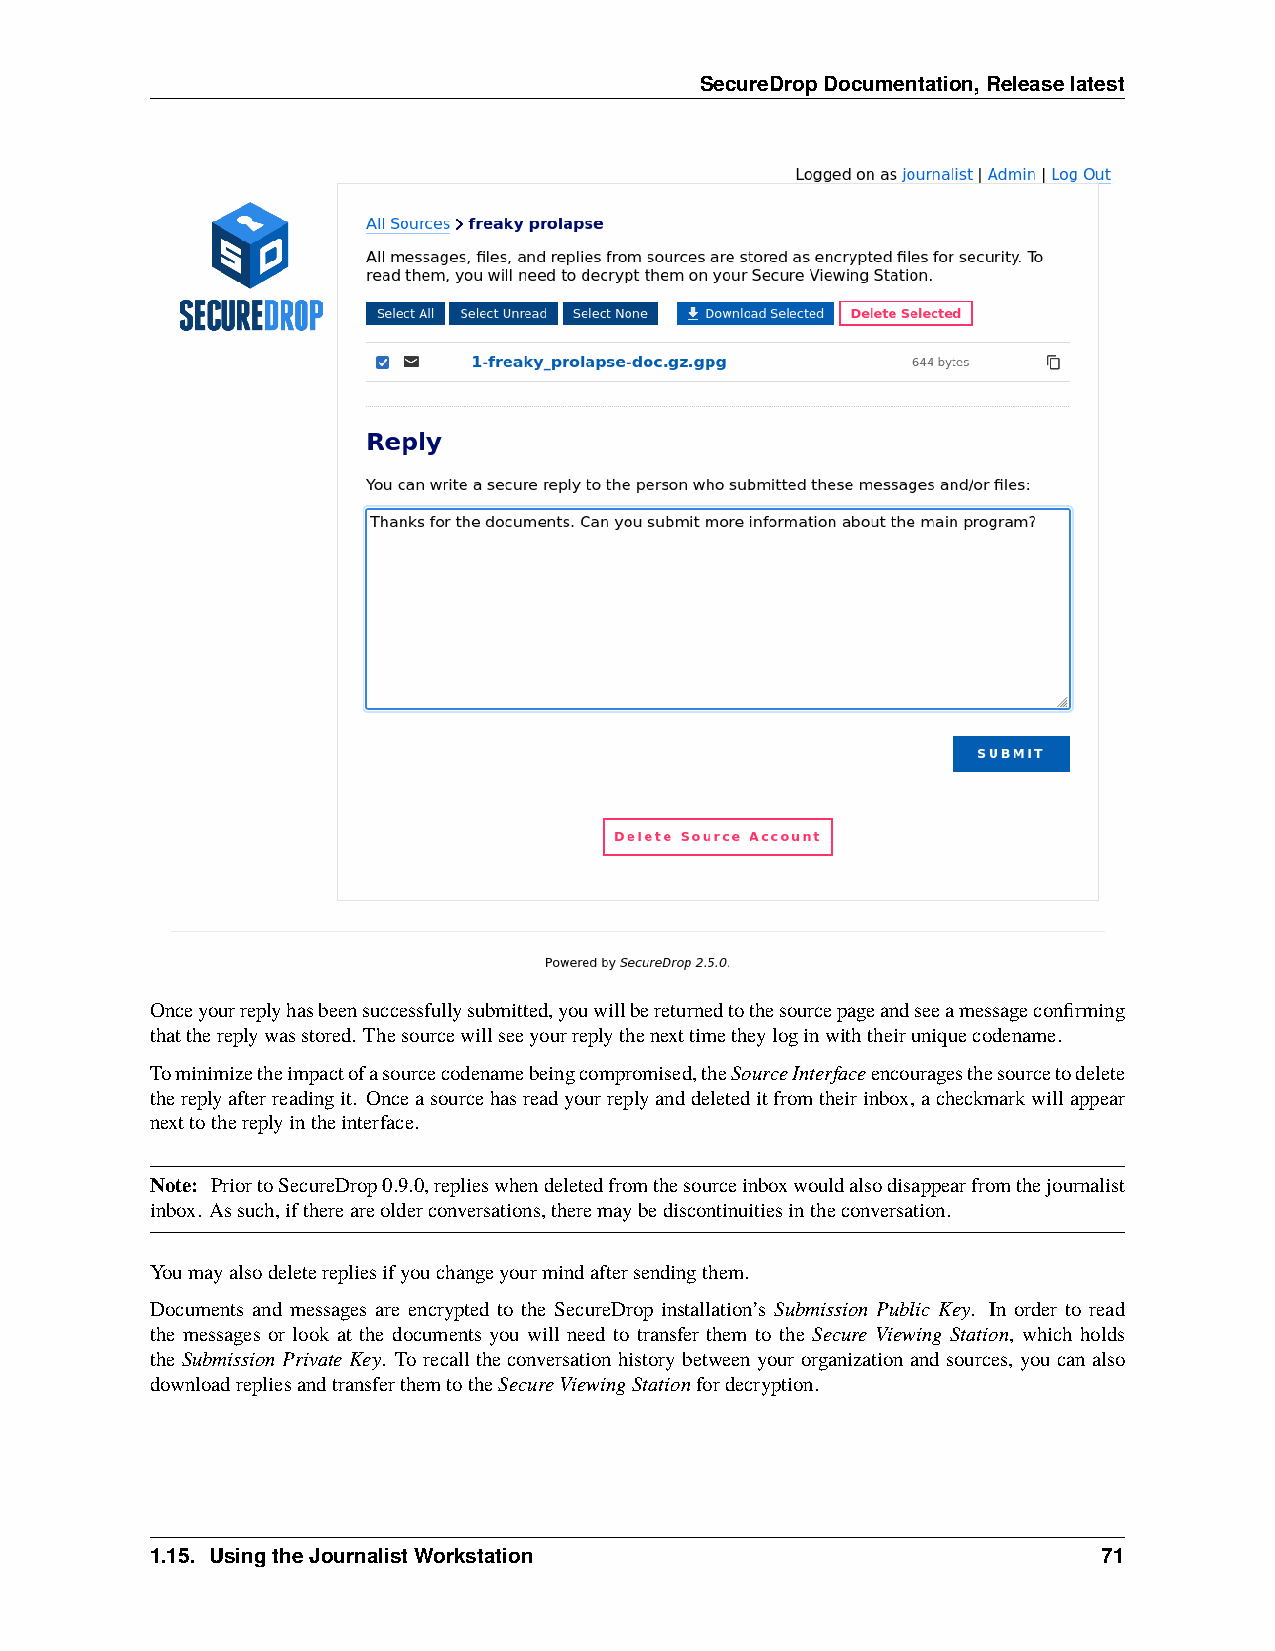
SecureDropDocumentation,Releaselatest
 Onceyourreplyhasbeensuccessfullysubmitted,youwillbereturnedtothesourcepageandseeamessageconfirming
 thatthereplywasstored. Thesourcewillseeyourreplythenexttimetheyloginwiththeiruniquecodename.
 Tominimizetheimpactofasourcecodenamebeingcompromised,theSourceInterfaceencouragesthesourcetodelete
 thereplyafterreadingit. Onceasourcehasreadyourreplyanddeleteditfromtheirinbox,acheckmarkwillappear
 nexttothereplyintheinterface.
 Note: PriortoSecureDrop0.9.0,replieswhendeletedfromthesourceinboxwouldalsodisappearfromthejournalist
 inbox. Assuch,ifthereareolderconversations,theremaybediscontinuitiesintheconversation.
 Youmayalsodeleterepliesifyouchangeyourmindaftersendingthem.
 Documents and messages are encrypted to the SecureDrop installation’s Submission Public Key. In order to read
 the messages or look at the documents you will need to transfer them to the Secure Viewing Station, which holds
 theSubmissionPrivateKey. Torecalltheconversationhistorybetweenyourorganizationandsources, youcanalso
 downloadrepliesandtransferthemtotheSecureViewingStationfordecryption.
 1.15. UsingtheJournalistWorkstation                            71